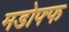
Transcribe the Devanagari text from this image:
मडोफ्फ